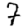
Digit: 7